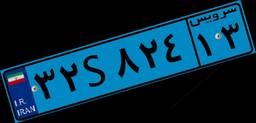
۳۲S۸۲۴۱۳